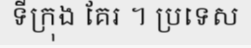
ទីក្រុង គែរ ។ ប្រទេស